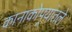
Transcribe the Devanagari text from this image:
कानाकोपर्‍यांतले